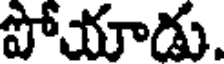
పోయాడు.